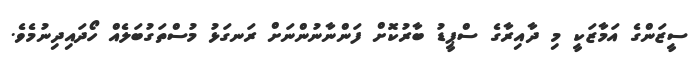
ސީޒަންގެ އަމާޒަކީ މި ދާއިރާގެ ސްޕީޑު ބާރުކޮށް ފަންނާނުންނަށް ރަނގަޅު މުސްތަގުބަލެއް ހޯދައިދިނުމެވެ.